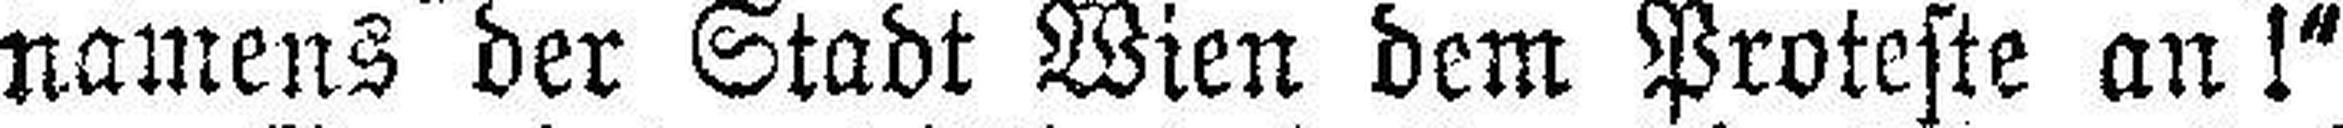
namens der Stadt Wien dem Proteste an!“